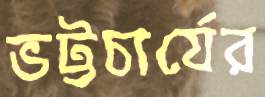
ভট্টচার্যের